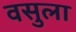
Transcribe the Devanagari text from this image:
वसुला